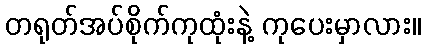
တရုတ်အပ်စိုက်ကုထုံးနဲ့ ကုပေးမှာလား။